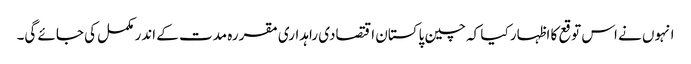
انہوں نے اس توقع کا اظہار کیا کہ چین پاکستان اقتصادی راہداری مقررہ مدت کے اندر مکمل کی جائے گی۔